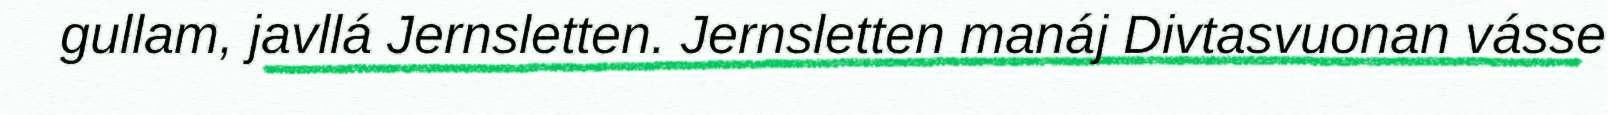
gullam, javllá Jernsletten. Jernsletten manáj Divtasvuonan vásse